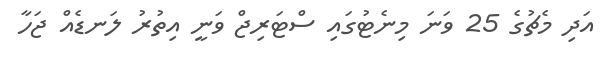
އަދި މެޗުގެ 25 ވަނަ މިނެޓުގައި ސްޓަރިޖް ވަނީ އިތުރު ލަނޑެއް ޖަހާ